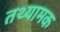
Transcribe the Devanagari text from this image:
तथ्यामक